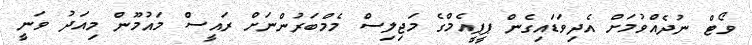
ވޯޓް ނުދެއްވުމަށް އެދިވަޑައިގެން ޕީޕީއެމްގެ މަޖިލިސް މެމްބަރުންނަށް ރައީސް މައުމޫން މިއަދު ވަނީ